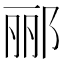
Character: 郦